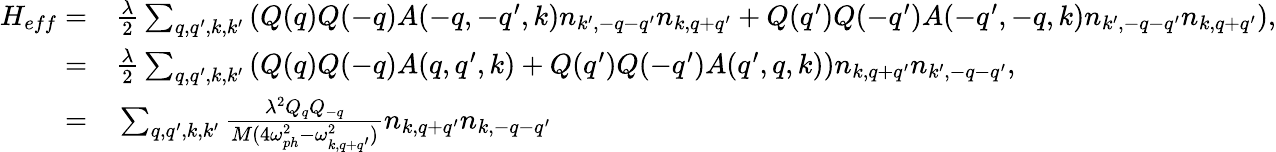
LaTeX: \begin{array}{rl}{H_{eff}=}&{{}\frac{\lambda}{2}\sum_{q,q^{\prime},k,k^{\prime}}\left(Q(q)Q(-q)A(-q,-q^{\prime},k)n_{k^{\prime},-q-q^{\prime}}n_{k,q+q^{\prime}}+Q(q^{\prime})Q(-q^{\prime})A(-q^{\prime},-q,k)n_{k^{\prime},-q-q^{\prime}}n_{k,q+q^{\prime}}\right),}\\ {=}&{{}\frac{\lambda}{2}\sum_{q,q^{\prime},k,k^{\prime}}\left(Q(q)Q(-q)A(q,q^{\prime},k)+Q(q^{\prime})Q(-q^{\prime})A(q^{\prime},q,k)\right)n_{k,q+q^{\prime}}n_{k^{\prime},-q-q^{\prime}},}\\ {=}&{{}\sum_{q,q^{\prime},k,k^{\prime}}\frac{\lambda^{2}Q_{q}Q_{-q}}{M(4\omega_{ph}^{2}-\omega_{k,q+q^{\prime}}^{2})}n_{k,q+q^{\prime}}n_{k,-q-q^{\prime}}}\end{array}